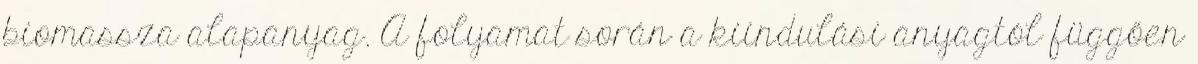
biomassza alapanyag. A folyamat során a kiindulási anyagtól függően